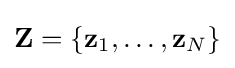
\mathbf {Z} =\{\mathbf {z} _{1},\dots ,\mathbf {z} _{N}\}